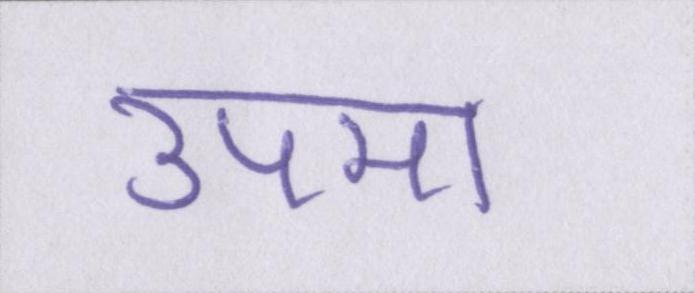
उपमा